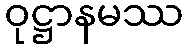
ဝုဋ္ဌာနမဿ